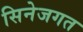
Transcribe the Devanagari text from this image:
सिनेजगत